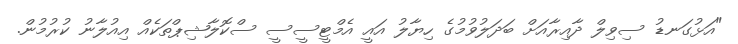
"އަޅުގަނޑު ސިވިލް ދާއިރާއަށް ބަދަލުވުމުގެ ހިޔާލު އައީ އެމްޓީސީސީ ސްކޮލާޝިޕްތަކެއް އިއުލާނު ކުރުމުން.